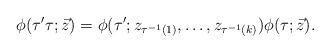
LaTeX: \begin{align*}\phi(\tau'\tau; \vec{z})=\phi(\tau'; z_{\tau^{-1}(1)}, \ldots , z_{\tau^{-1}(k)}) \phi(\tau; \vec{z}). \end{align*}